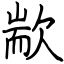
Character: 歂